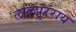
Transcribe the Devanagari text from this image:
लालपुरराय